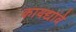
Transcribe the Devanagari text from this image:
कायद्यावे